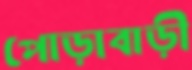
পোড়াবাড়ী